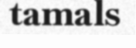
tamals